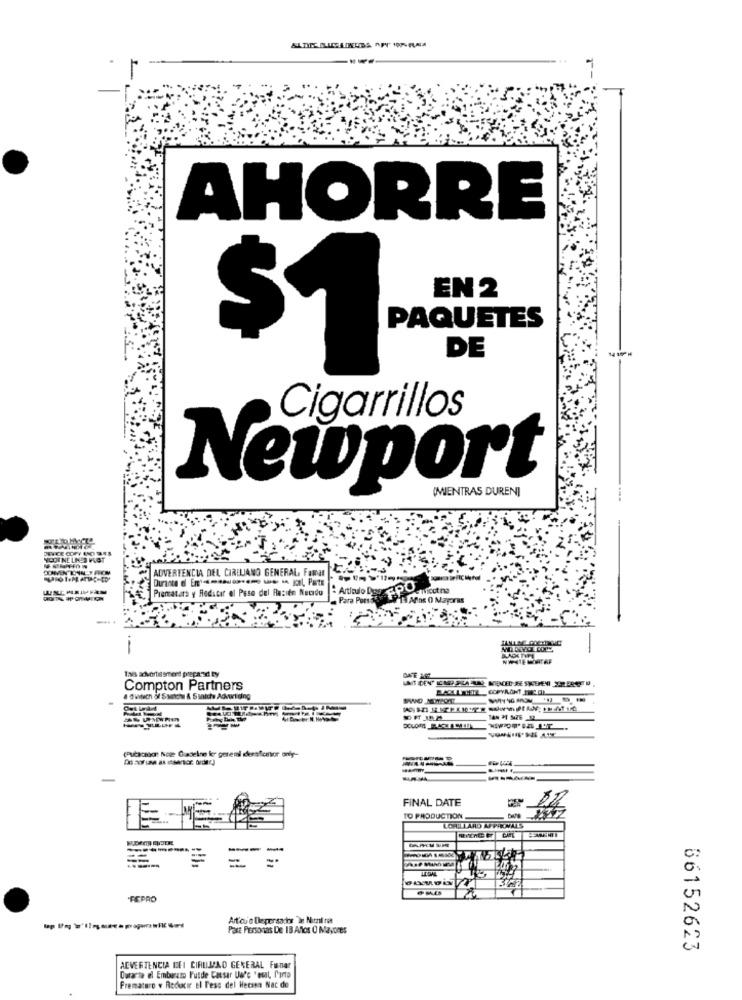
AHORRE
EN 2
PAQUETES
$1
DE
Cigarrillos
Newport
(MIENTRAS DUREN]
YOUINE LINES WAT
ADVERTENCIA DEL CIRELIANO GENERAL, Famar
Piematars y Reducir el Paso del Recite Necido
Articulo Du PO
FPO
nicotina
Para Pors sy --
13 Ans O Mayores
-...
.-
Tais adverbesment prepared By
Compton Partners
(Putaction Note Gadelne ker geteri cheeafcator only-
FINAL DATE
E
TO PRODUCTION
LORILLARD AFPIKNALS
---
=
C:
FEPRO
N
Articu a Depensador De Nazzal ran
Para Personas De 18 Anos O Mayores
66152623
ADVERTENCIA DEI CIRUJAD GENERAL Finar
Durante el Embarazo Putde Causar Ua'c 'etal, Parto
Prematuro . Reducir el Fess del Hecina Nac de